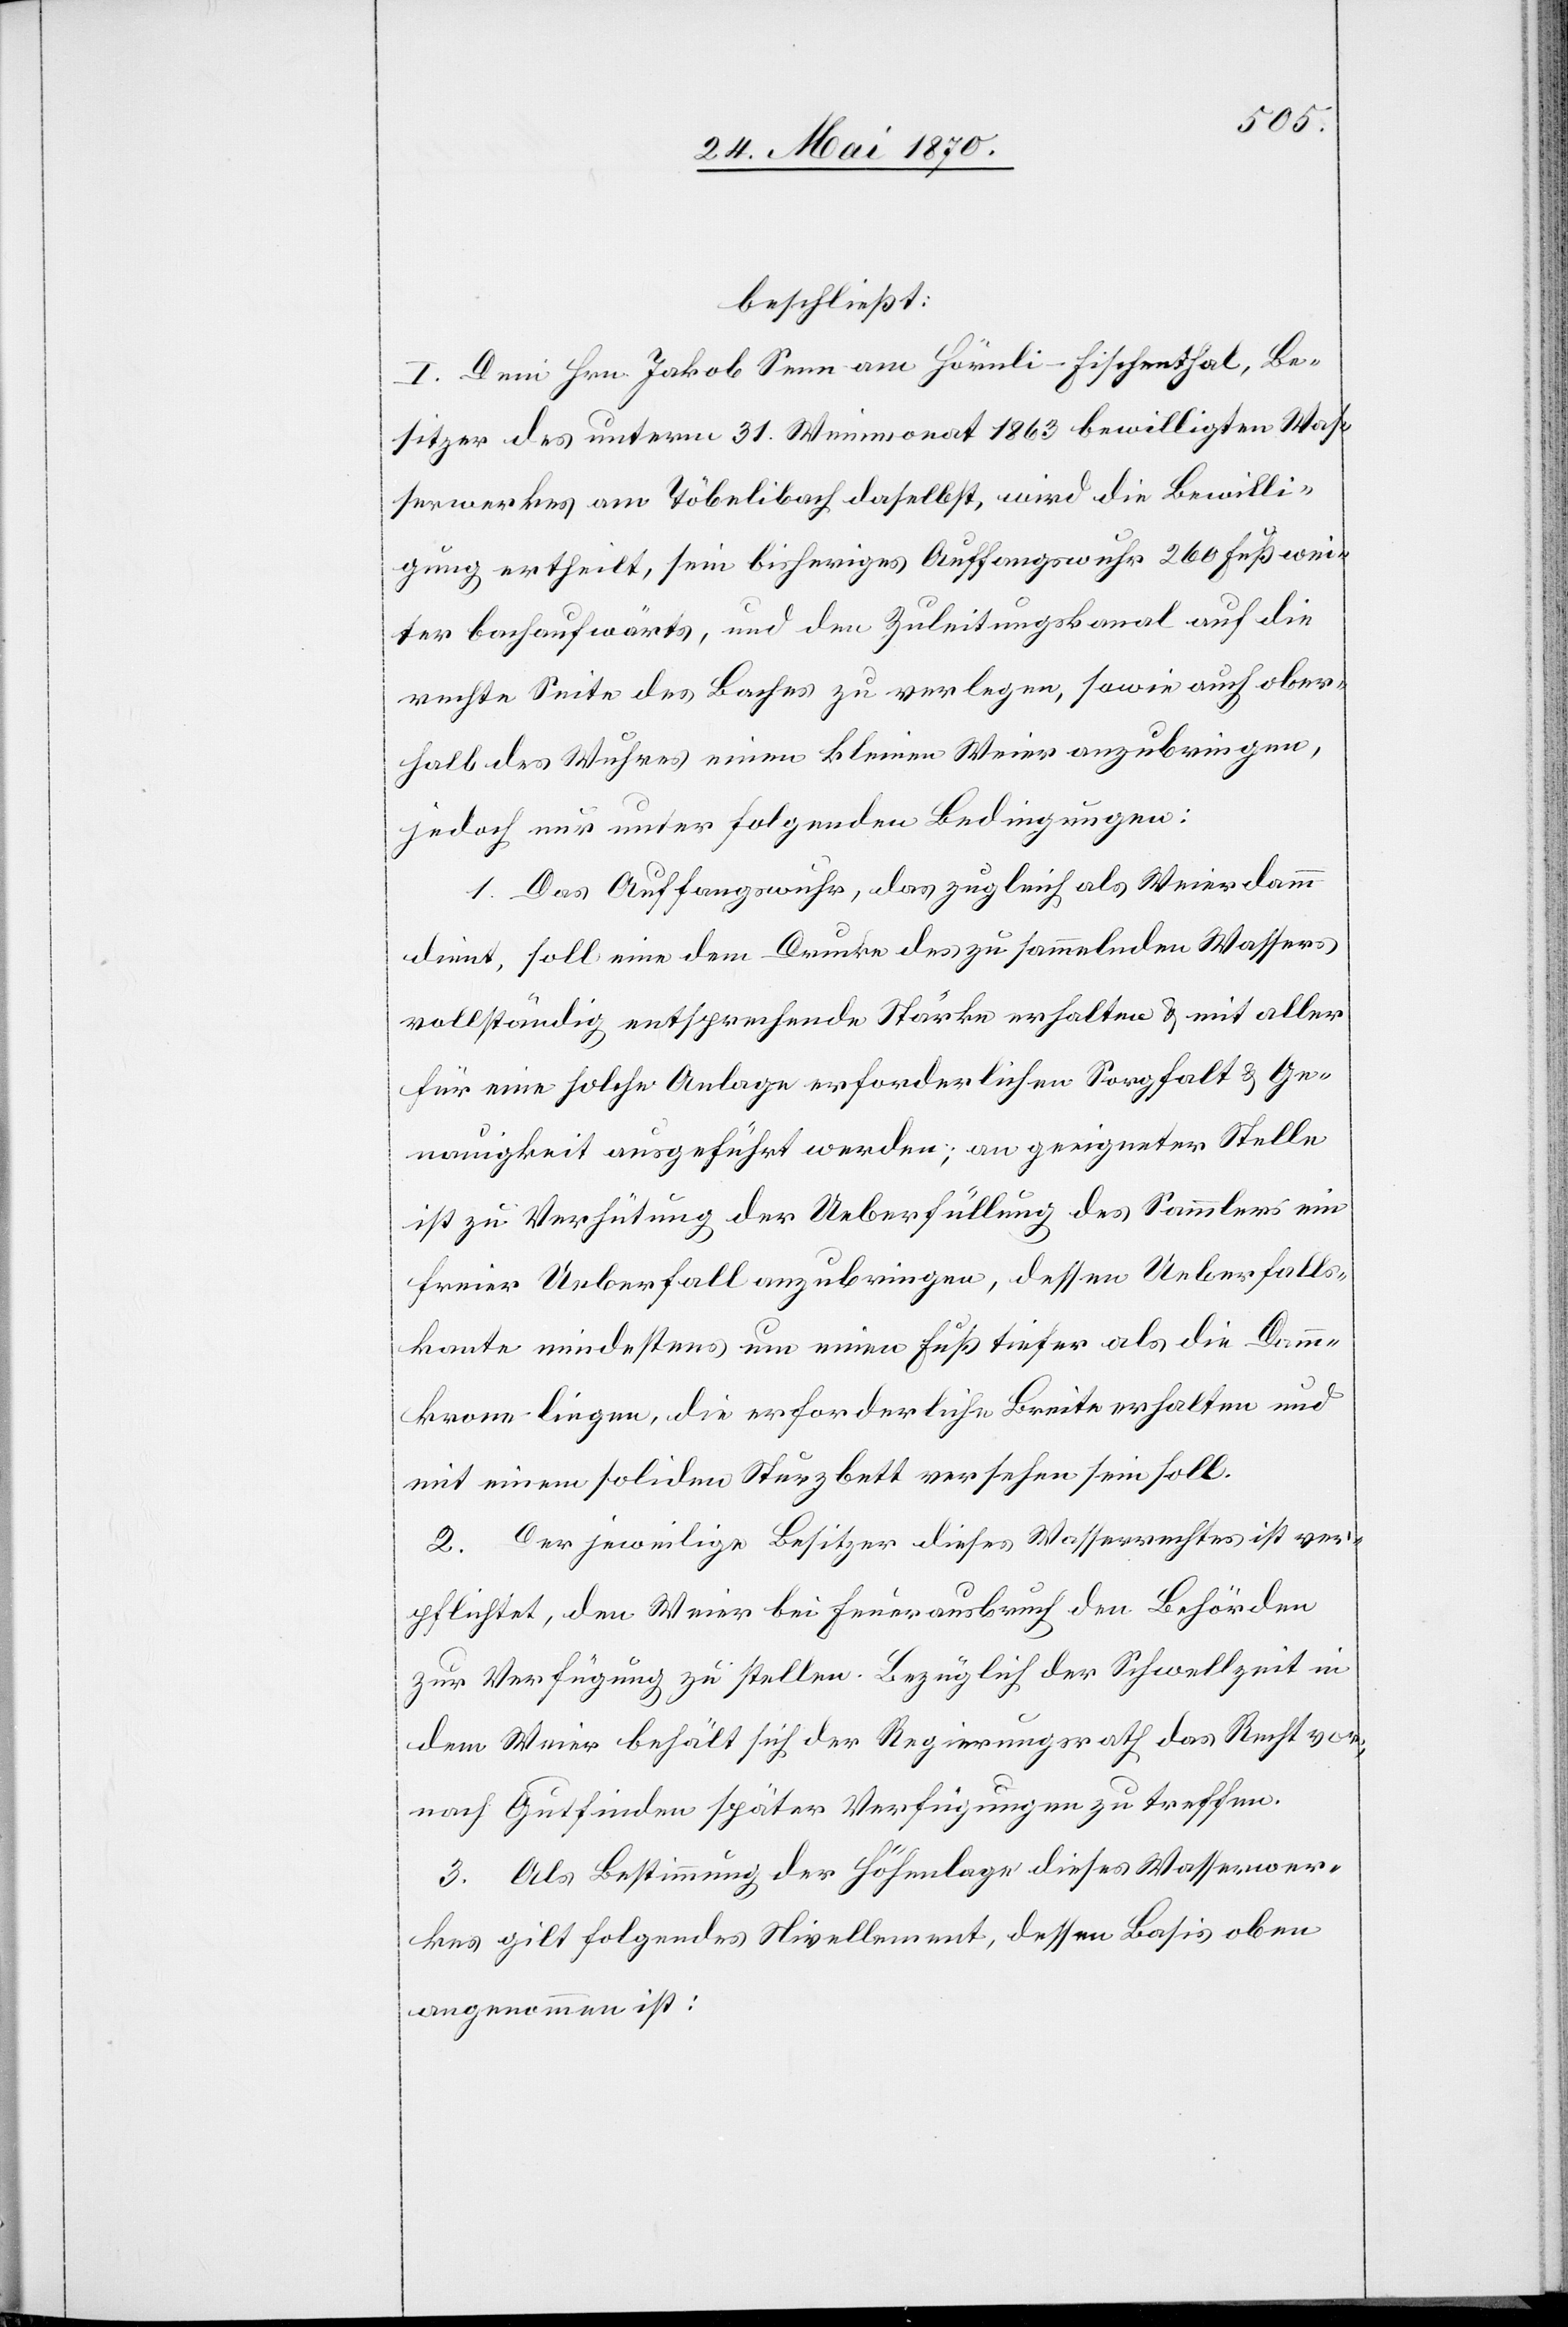
beschließt:
I. Dem Hrn. Jakob Senn am Hörnli - Fischenthal, Be¬
sitzer des unterm 31. Weinmonat 1863 bewilligten Was¬
serwerkes am Töbelibach daselbst, wird die Bewilli¬
gung ertheilt, sein bisheriges Auffangswuhr 260 Fuß wei¬
ter bachaufwärts, und den Zuleitungskanal auf die
rechte Seite des Baches zu verlegen, sowie auch ober¬
halb des Wuhres einen kleinen Weier anzubringen,
jedoch nur unter folgenden Bedingungen:
1. Das Auffangswuhr, das zugleich als Weierdamm
dient, soll eine dem Drucke des zu sammelnden Wassers
vollständig entsprechende Stärke erhalten & mit aller
für eine solche Anlage erforderlichen Sorgfalt & Ge¬
nauigkeit ausgeführt werden; an geeigneter Stelle
ist zu Verhütung der Ueberfüllung des Sammlers ein
freier Ueberfall anzubringen, dessen Ueberfalls¬
kante mindestens um einen Fuß tiefer als die Damm¬
krone liegen, die erforderliche Breite erhalten und
mit einem soliden Sturzbett versehen sein soll.
2. Der jeweilige Besitzer dieses Wasserrechtes ist ver¬
pflichtet, den Weier bei Feuerausbruch den Behörden
zur Verfügung zu stellen. Bezüglich der Schwellzeit in
dem Weier behält sich der Regierungsrath das Recht vor,
nach Gutfinden später Verfügungen zu treffen.
3. Als Bestimmung der Höhenlage dieses Wasserwer¬
kes gilt folgendes Nivellement, dessen Basis oben
angenommen ist: